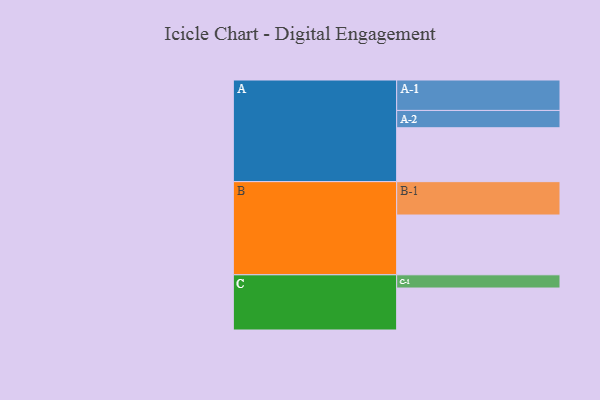
{"axis": {"x": "Segment", "y": "Value"}, "legend": ["", "A", "B", "C"], "data": [{"x": "A", "y": 457, "type": ""}, {"x": "B", "y": 507, "type": ""}, {"x": "C", "y": 356, "type": ""}, {"x": "A-1", "y": 258, "type": "A"}, {"x": "A-2", "y": 147, "type": "A"}, {"x": "B-1", "y": 283, "type": "B"}, {"x": "C-1", "y": 112, "type": "C"}]}